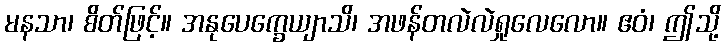
မနသာ၊ စိတ်ဖြင့်။ အနုပေက္ခေယျာသိ၊ အဖန်တလဲလဲရှုလေလော။ ဧဝံ၊ ဤသို့